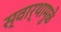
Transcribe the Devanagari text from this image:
स्वार्थामुळे